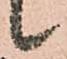
候